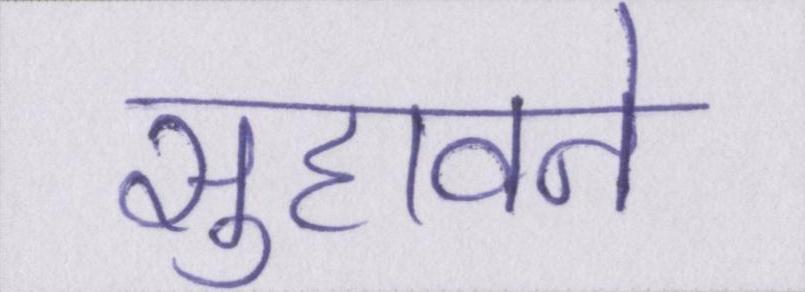
सुहावने